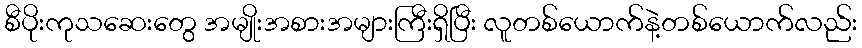
စီပိုးကုသဆေးတွေ အမျိုးအစားအများကြီးရှိပြီး လူတစ်ယောက်နဲ့တစ်ယောက်လည်း